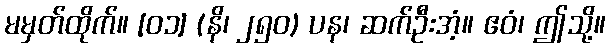
မမှတ်ထိုက်။ [၀၁] (နိ၊ ၂၅၀) ပန၊ ဆက်ဦးအံ့။ ဧဝံ၊ ဤသို့။